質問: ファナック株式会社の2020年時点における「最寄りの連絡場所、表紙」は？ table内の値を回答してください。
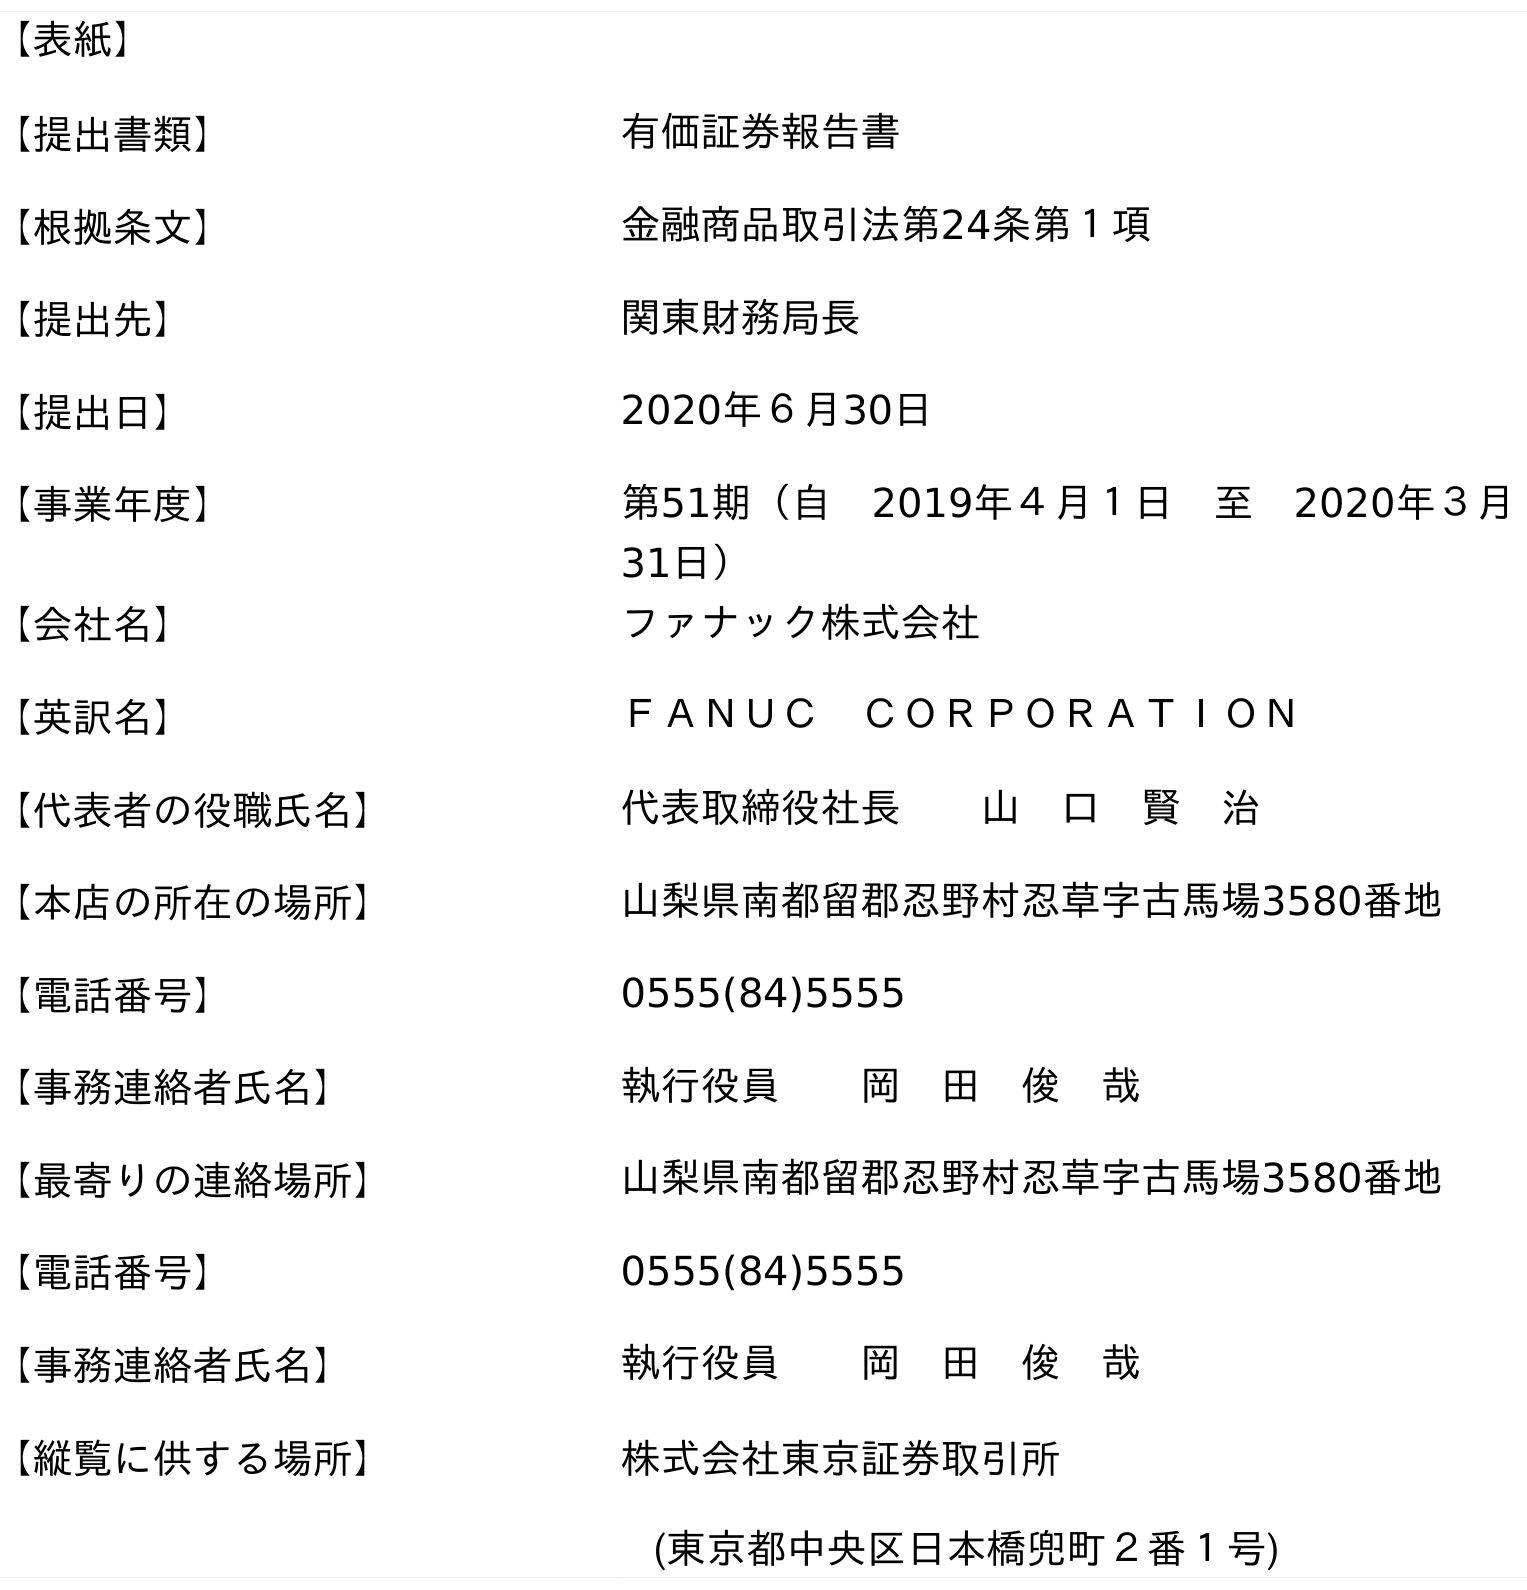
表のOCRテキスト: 【表紙】 【提出書類】 有価証券報告書 【根拠条文】 金融商品取引法第24条第１項 【提出先】 関東財務局長 【提出日】 2020年６月30日 【事業年度】 第51期（自 2019年４月１日 至 2020年３月 31日） 【会社名】 ファナック株式会社 【英訳名】 ＦＡＮＵＣ ＣＯＲＰＯＲＡＴＩＯＮ 【代表者の役職氏名】 代表取締役社長  山 口 賢 治 【本店の所在の場所】 山梨県南都留郡忍野村忍草字古馬場3580番地 【電話番号】 0555(84)5555 【事務連絡者氏名】 執行役員  岡 田 俊 哉 【最寄りの連絡場所】 山梨県南都留郡忍野村忍草字古馬場3580番地 【電話番号】 0555(84)5555 【事務連絡者氏名】 執行役員  岡 田 俊 哉 【縦覧に供する場所】 株式会社東京証券取引所 (東京都中央区日本橋兜町２番１号)
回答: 山梨県南都留郡忍野村忍草字古馬場3580番地